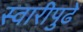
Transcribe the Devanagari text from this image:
स्वारीपुढें